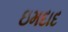
ઇમદાદ